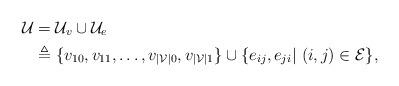
LaTeX: \begin{align*}\mathcal{U}&=\mathcal{U}_v\cup\mathcal{U}_e\\&\triangleq\{v_{10},v_{11},\dots,v_{|\mathcal{V}|0},v_{|\mathcal{V}|1}\}\cup\{e_{ij},e_{ji}|~(i,j)\in\mathcal{E}\},\end{align*}